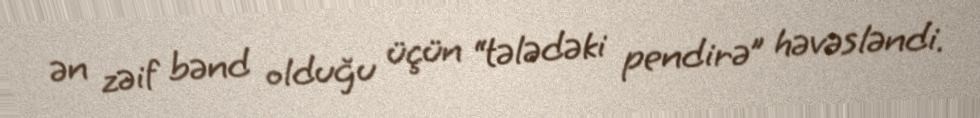
ən zəif bənd olduğu üçün “tələdəki pendirə” həvəsləndi.